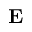
\mathbf { E }